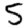
Digit: 5